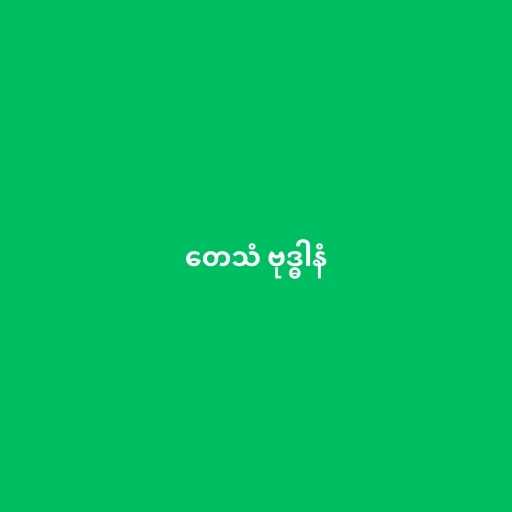
တေသံ ဗုဒ္ဓါနံ